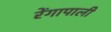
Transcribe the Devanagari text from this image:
रेंगापाली